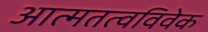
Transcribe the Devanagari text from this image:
आत्मतत्वविवेक